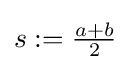
{\textstyle s:={\frac {a+b}{2}}}